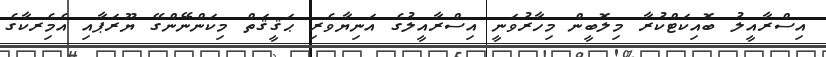
އިސްރާއީލު ބޮއިކަޓްކުރާ މިލޮބީން މިހާރުވަނީ އިސްރާއީލުގެ އަނިޔާވެރި ޙަޤީޤަތް މިކަންނޭންގޭ ޔޫރަޕާއި އެމެިރކާގެ